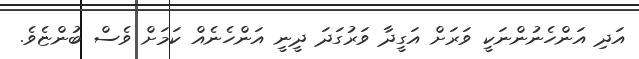
އަދި އަންހެނުންނަކީ ވަރަށް އަގީދާ ވަރުގަދަ ދީނީ އަންހެނެއް ކަމަށް ވެސް ބުންޏެވެ.